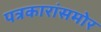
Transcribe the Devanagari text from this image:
पत्रकारांसमोर